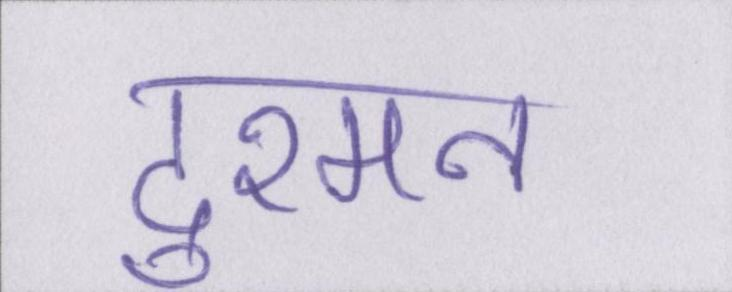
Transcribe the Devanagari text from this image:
दुश्मन